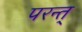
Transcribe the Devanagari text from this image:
परन्त्